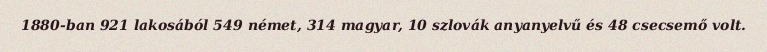
1880-ban 921 lakosából 549 német, 314 magyar, 10 szlovák anyanyelvű és 48 csecsemő volt.